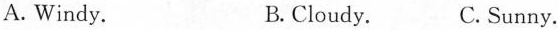
A. Windy. B. Cloudy. C.Sunny.